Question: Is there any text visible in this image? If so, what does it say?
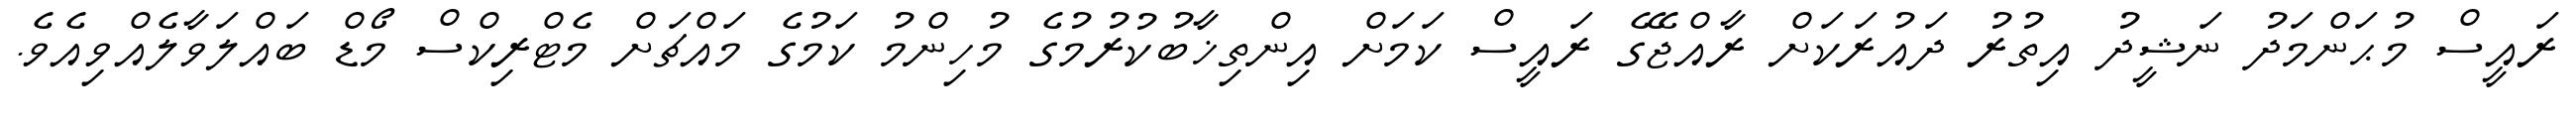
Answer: ރައީސް މުޙަންމަދު ނަޝީދު އިތުރު ދައުރަކަށް ރާއްޖޭގެ ރައީސް ކަމަށް އިންތިޚާބުކުރުމުގެ މުހިންމު ކަމުގެ މައްޗަށް މެޓްރިކްސް މޯޑް ބައްލަވާލެއްވިއެވެ.